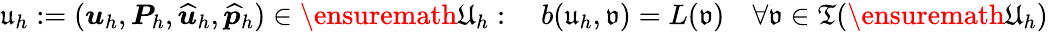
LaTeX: \mathfrak{u}_{h}:=(\boldsymbol{u}_{h},\boldsymbol{P}_{h},\widehat{\boldsymbol{u}}_{h},\widehat{\boldsymbol{p}}_{h})\in\ensuremath{\mathfrak{U}}_{h}:\quad b(\mathfrak{u}_{h},\mathfrak{v})=L(\mathfrak{v})\quad\forall\mathfrak{v}\in{\mathfrak{T}}(\ensuremath{\mathfrak{U}}_{h})